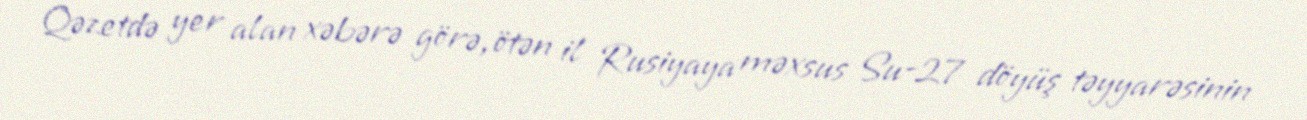
Qəzetdə yer alan xəbərə görə, ötən il Rusiyaya məxsus Su-27 döyüş təyyarəsinin